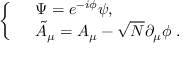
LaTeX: \left\{ \begin{array} { l l } { { } } & { { \Psi = e ^ { - i \phi } \psi , \ \ \ \ \ } } \\ { { } } & { { \tilde { A } _ { \mu } = A _ { \mu } - \sqrt { N } \partial _ { \mu } \phi \ . \ \ \ \ \ } } \end{array} \right.